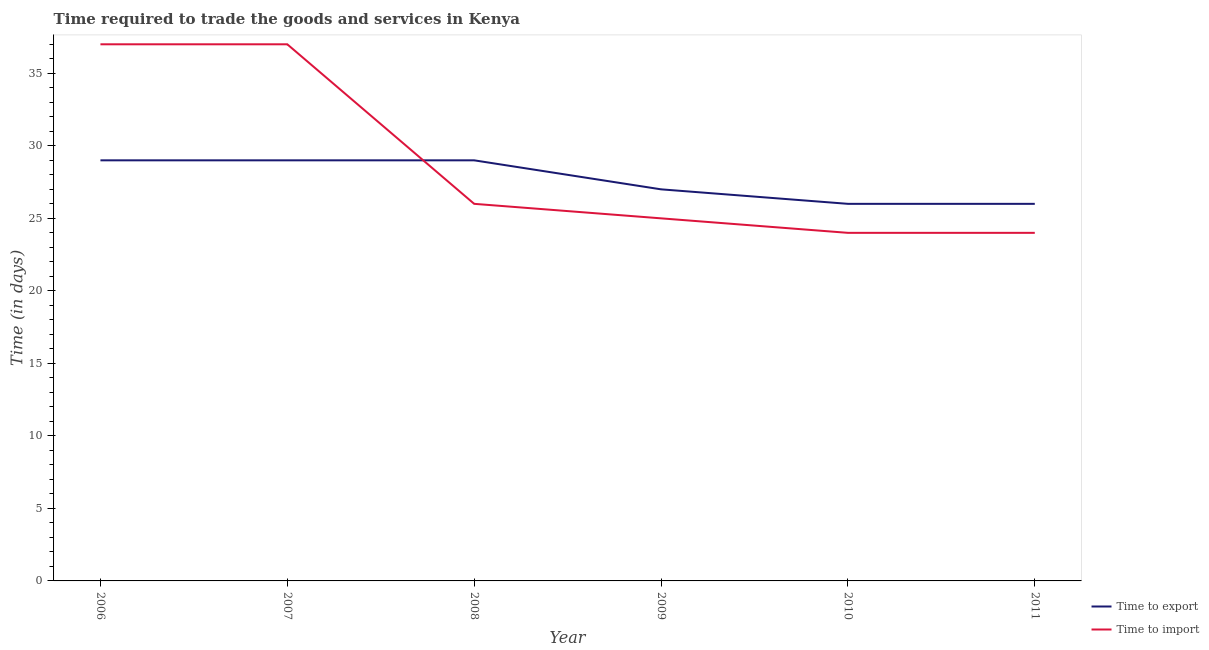
| Year | Time to export | Time to import |
 | --- | --- | --- |
 | 2006 | 29 | 37 |
 | 2007 | 29 | 37 |
 | 2008 | 29 | 26 |
 | 2009 | 27 | 25 |
 | 2010 | 26 | 24 |
 | 2011 | 26 | 24 |